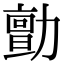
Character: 勯